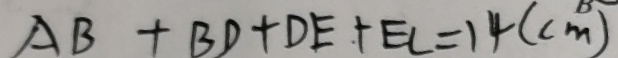
A B + B D + D E + E C = 1 4 ( c m )